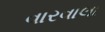
વારવાલા